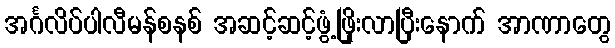
အင်္ဂလိပ်ပါလီမန်စနစ် အဆင့်ဆင့်ဖွံ့ဖြိုးလာပြီးနောက် အာဏာတွေ